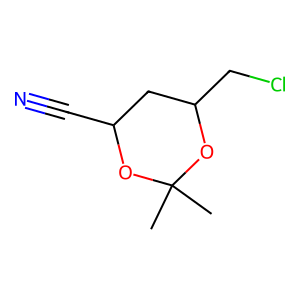
SMILES: CC1(C)OC(C#N)CC(CCl)O1
Inhibits HIV replication: No